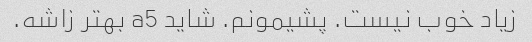
زیاد خوب نیست. پشیمونم. شاید a5 بهتر زاشه.